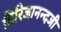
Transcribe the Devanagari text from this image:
गिरिजानन्दजी